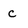
Character: c